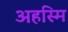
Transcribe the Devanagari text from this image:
अहस्मि